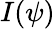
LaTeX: I(\psi)